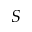
S